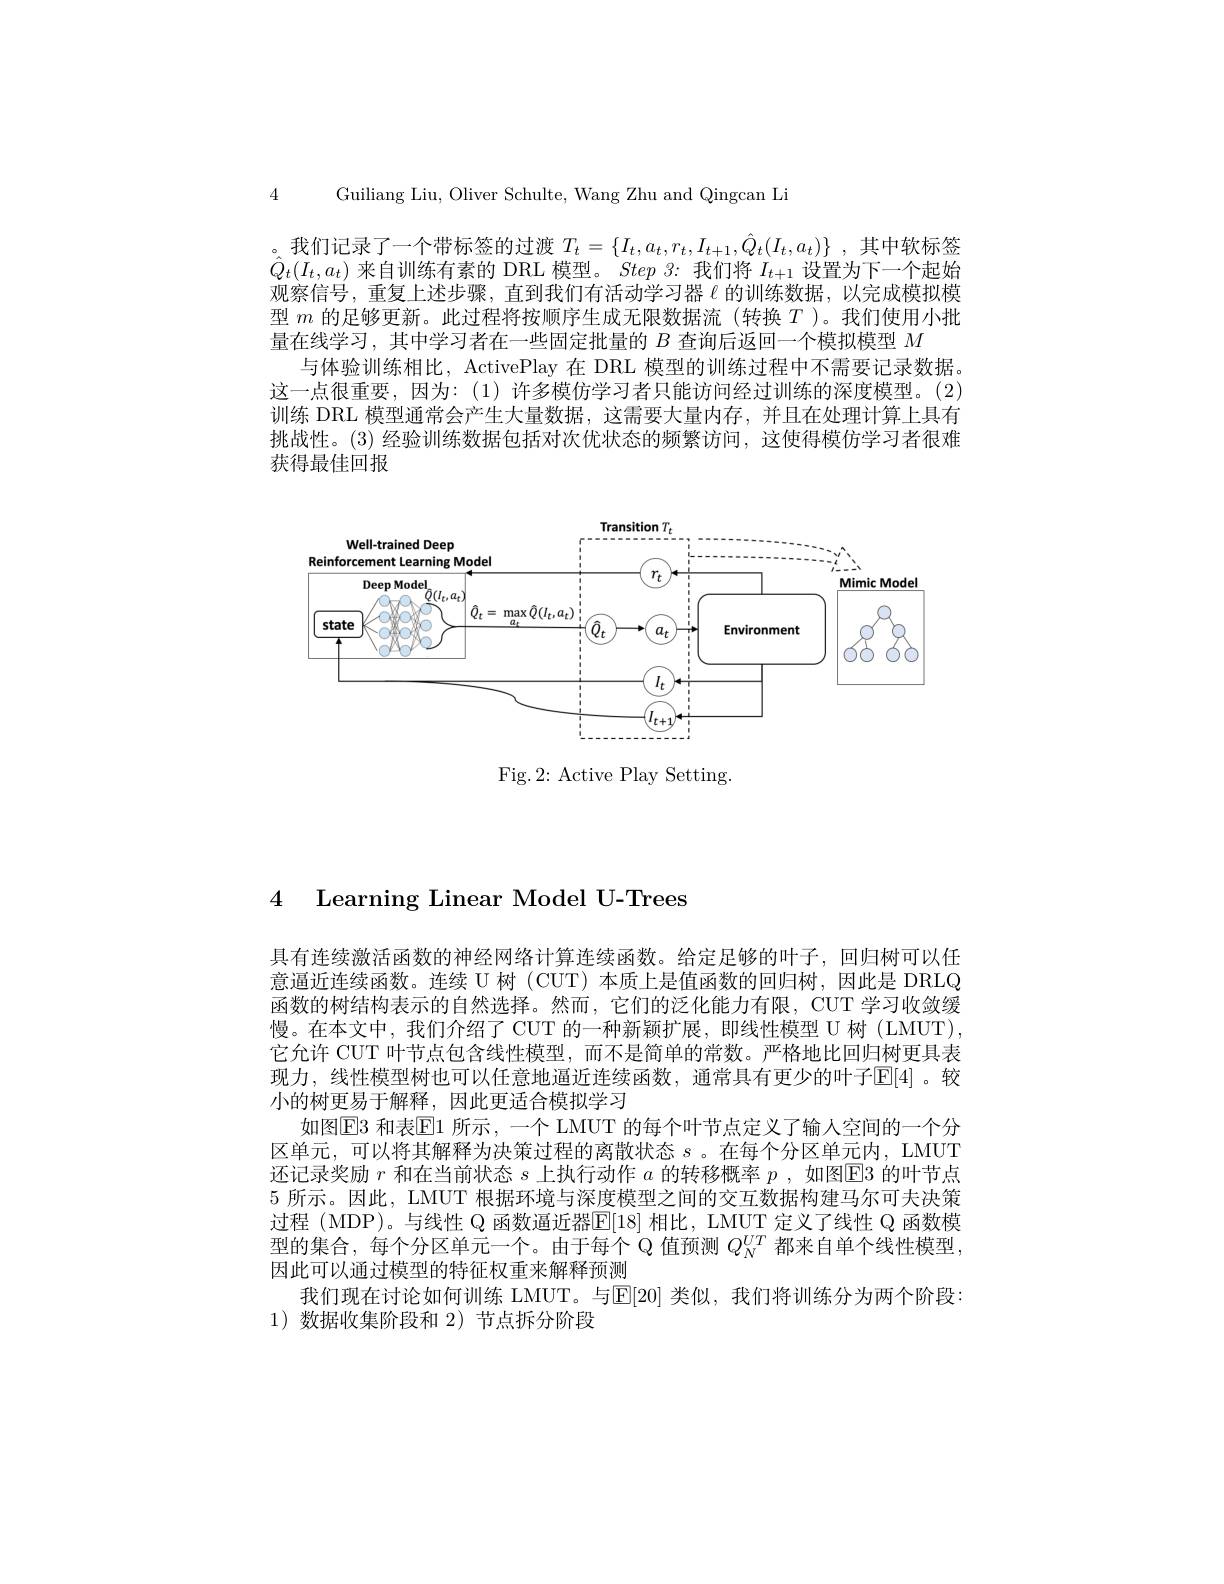
4 Guiliang Liu, Oliver Schulte, Wang Zhu and Qingcan Li

。我们记录了一个带标签的过渡$T_t=\{I_t,a_t,r_t,I_{t+1},\hat{Q}_t(I_t,a_t)\}$,其中软标签$\hat{Q}_{t}(I_{t},a_{t})$来自训练有素的 DRL 模型。Step 3:我们将$I_t+1$设置为下一个起始观察信号，重复上述步骤，直到我们有活动学习器$\ell$ 的训练数据，以完成模拟模型$m$的足够更新。此过程将按顺序生成无限数据流(转换$T$ )。我们使用小批量在线学习，其中学习者在一些固定批量的$B$查询后返回一个模拟模型$M$
与体验训练相比，ActivePlay 在 DRL 模型的训练过程中不需要记录数据。这一点很重要，因为：(1)许多模仿学习者只能访问经过训练的深度模型。(2) 训练 DRL 模型通常会产生大量数据，这需要大量内存，并且在处理计算上具有挑战性。(3) 经验训练数据包括对次优状态的频繁访问，这使得模仿学习者很难获得最佳回报

<FigureHere>

Fig.2: Active Play Setting.

### 4 Learning Linear Model U-Trees

具有连续激活函数的神经网络计算连续函数。给定足够的叶子，回归树可以任意逼近连续函数。连续 U 树 (CUT) 本质上是值函数的回归树，因此是 DRLQ 函数的树结构表示的自然选择。然而，它们的泛化能力有限，CUT 学习收敛缓慢。在本文中，我们介绍了 CUT 的一种新颖扩展，即线性模型 U 树 (LMUT), 它允许 CUT 叶节点包含线性模型，而不是简单的常数。严格地比回归树更具表现力，线性模型树也可以任意地逼近连续函数，通常具有更少的叶子[E]4]。较小的树更易于解释，因此更适合模拟学习
如图E3 和表$\boxed{\mathrm{E}}1$ 所示，一个 LMUT 的每个叶节点定义了输人空间的一个分区单元，可以将其解释为决策过程的离散状态$s$ 。在每个分区单元内，LMUT 还记录奖励$r$和在当前状态$s$上执行动作$a$的转移概率$p$,如图E3 的叶节点5 所示。因此，LMUT 根据环境与深度模型之间的交互数据构建马尔可夫决策过程 (MDP)。与线性 Q 函数逼近器$\mathbb{E}[18]$ 相比，LMUT 定义了线性 Q 函数模型的集合，每个分区单元一个。由于每个 Q 值预测$Q_{\mathrm{N}}^{UT}$都来自单个线性模型。因此可以通过模型的特征权重来解释预测
我们现在讨论如何训练 LMUT。与$\mathbb{E}[20]$ 类似，我们将训练分为两个阶段：
1)数据收集阶段和 2)节点拆分阶段